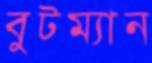
বুটম্যান